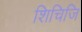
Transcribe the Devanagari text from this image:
शिचिजि